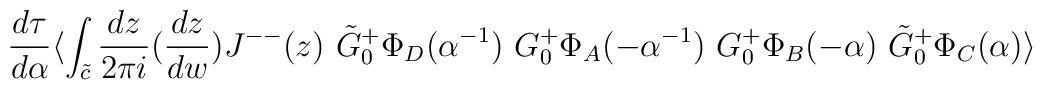
\frac{d\tau}{d\alpha}\langle\int_{\tilde c}\frac{dz}{2\pi i}(\frac{dz}{dw}) J^{--}(z)~\tilde G^+_0\Phi_D(\alpha^{-1})~ G^+_0\Phi_A(-\alpha^{-1})~G^+_0\Phi_B(-\alpha)~ \tilde G^+_0\Phi_C(\alpha)  \rangle